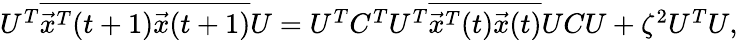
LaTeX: \begin{array}{r}{U^{T}\overline{{\vec{x}^{T}(t+1)\vec{x}(t+1)}}U=U^{T}C^{T}U^{T}\overline{{\vec{x}^{T}(t)\vec{x}(t)}}UCU+\zeta^{2}U^{T}U,}\end{array}